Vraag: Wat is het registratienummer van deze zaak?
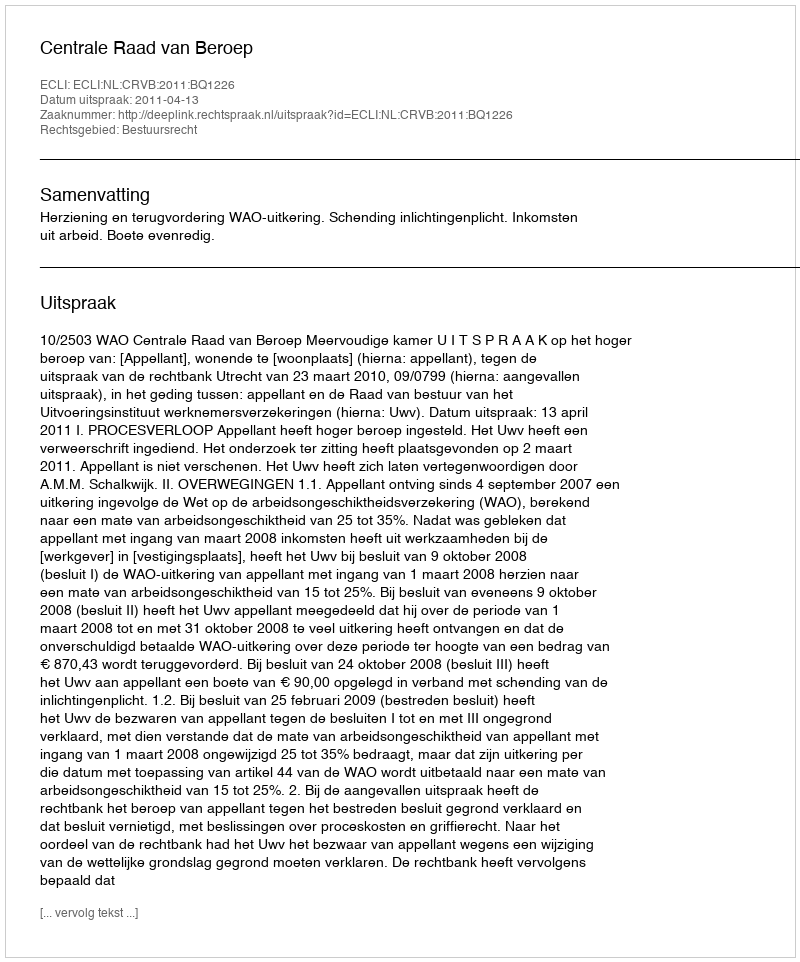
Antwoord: http://deeplink.rechtspraak.nl/uitspraak?id=ECLI:NL:CRVB:2011:BQ1226